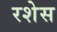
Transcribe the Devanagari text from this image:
रशेस